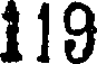
119